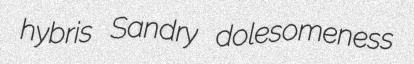
hybris Sandry dolesomeness